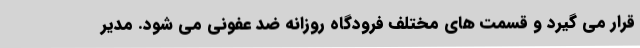
قرار می گیرد و قسمت های مختلف فرودگاه روزانه ضد عفونی می شود. مدیر